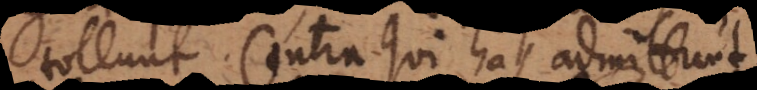
tollunt. Contra qui has admittunt,